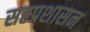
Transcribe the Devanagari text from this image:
सहप्रशासन